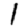
Digit: 1